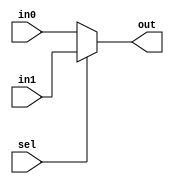
module selector_16 (in0, in1, sel, out);
    input sel;
    input [15:0] in0, in1;
    output [15:0] out;
    reg [15:0] out;

    always @ (in0 or in1 or sel) begin
      if (sel) begin
        out <= #1 in1;
      end else begin
        out <= #1 in0;
      end
    end
endmodule